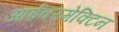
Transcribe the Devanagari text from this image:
आईवरमेक्टिन